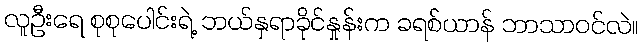
လူဦးရေ စုစုပေါင်းရဲ့ ဘယ်နှရာခိုင်နှုန်းက ခရစ်ယာန် ဘာသာဝင်လဲ။